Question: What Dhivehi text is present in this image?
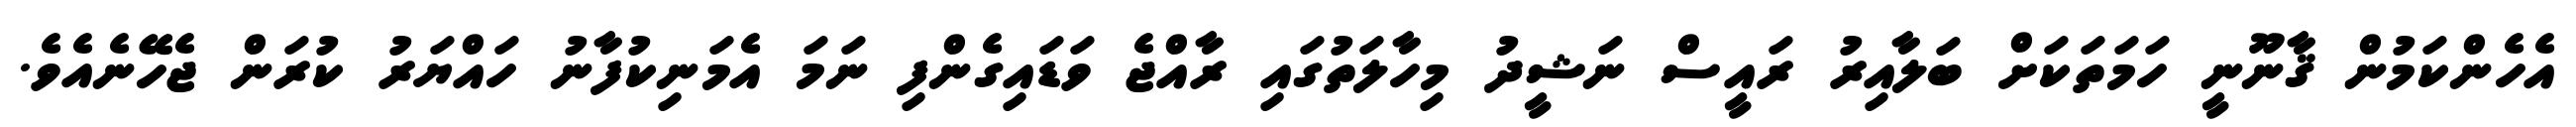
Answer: އެހެންކަމުން ޤާނޫނީ ހަމަތަކަށް ބަލާއިރު ރައީސް ނަޝީދު މިހާލަތުގައި ރާއްޖެ ވަޑައިގެންފި ނަމަ އެމަނިކުފާނު ހައްޔަރު ކުރަން ޖެހޭނެއެވެ.